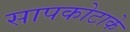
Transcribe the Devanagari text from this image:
सापकोटाके